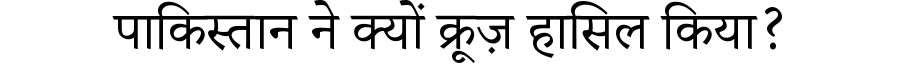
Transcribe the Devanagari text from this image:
पाकिस्तान ने क्यों क्रूज़ हासिल किया?